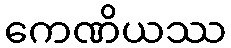
ကေဏိယဿ